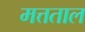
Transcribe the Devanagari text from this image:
मत्तताल